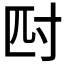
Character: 𭔪